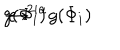
g ( { \Phi } _ { i } ) \hspace { 0 . 1 i n } \rightarrow \hspace { 0 . 1 i n } e ^ { - 2 i \alpha } g ( { \Phi } _ { i } )